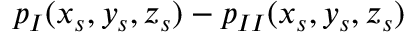
p _ { I } ( x _ { s } , y _ { s } , z _ { s } ) - p _ { I I } ( x _ { s } , y _ { s } , z _ { s } )